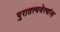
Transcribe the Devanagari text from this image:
पुरातत्त्ववेत्त्यांना